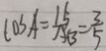
\cos A = \frac { 1 5 } { A B } = \frac { 3 } { 5 }